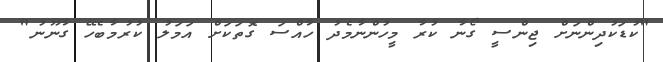
"ކުޑަކުދިންނަށް ޖިންސީ ގޯނާ ކުރާ މީހުންނާމެދު ހާއްސަ ގޮތަކަށް އަމަލު ކުރުމާބެހޭ ގާނޫނު"